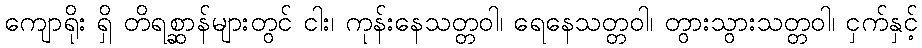
ကျောရိုး ရှိ တိရစ္ဆာန်များတွင် ငါး၊ ကုန်းနေသတ္တဝါ၊ ရေနေသတ္တဝါ၊ တွားသွားသတ္တဝါ၊ ငှက်နှင့်